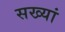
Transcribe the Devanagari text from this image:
सख्यां